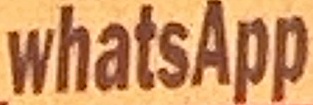
whatsApp